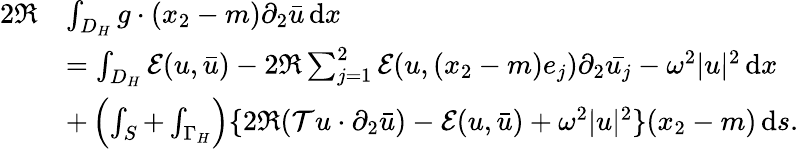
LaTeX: \begin{array}{rl}{2\Re}&{\int_{D_{H}}g\cdot(x_{2}-m)\partial_{2}\bar{u}\, \mathrm{d}x}\\ &{=\int_{D_{H}}\mathcal{E}(u,\bar{u})-2\Re\sum_{j=1}^{2}\mathcal{E}(u,(x_{2}-m)e_{j})\partial_{2}\bar{u_{j}}-\omega^{2}|u|^{2}\, \mathrm{d}x}\\ &{+\left(\int_{S}+\int_{\Gamma_{H}}\right)\{ 2\Re(\mathcal{T}u\cdot\partial_{2}\bar{u})-\mathcal{E}(u,\bar{u})+\omega^{2}|u|^{2}\} (x_{2}-m)\, \mathrm{d}s.}\end{array}